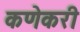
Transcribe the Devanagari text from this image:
कणेकरी